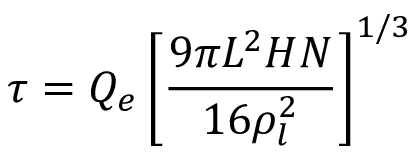
\tau = Q _ { e } \left[ { \frac { 9 \pi L ^ { 2 } H N } { 1 6 \rho _ { l } ^ { 2 } } } \right] ^ { 1 / 3 }